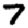
Digit: 7